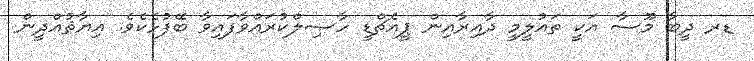
ޑރ ދީބާ މޫސާ އަކީ ތައުލީމީ ދާއިރާއިން ޕީއެޗްޑީ ހާޞިލްކުރައްވާފައިވާ ބޭފުޅެކެވެ. ޣިޔާޘުއްދީން